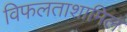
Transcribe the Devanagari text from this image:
विफलताशामिल